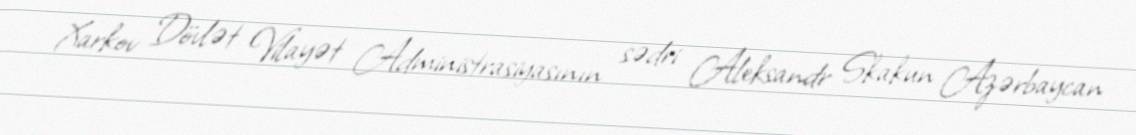
Xarkov Dövlət Vilayət Administrasiyasının sədri Aleksandr Skakun Azərbaycan